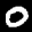
Label: 0